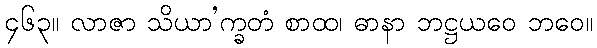
၄၆၃။ လာဇာ သိယာ’က္ခတံ စာထ၊ ဓာနာ ဘဋ္ဌယဝေ ဘဝေ။